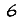
Digit: 6